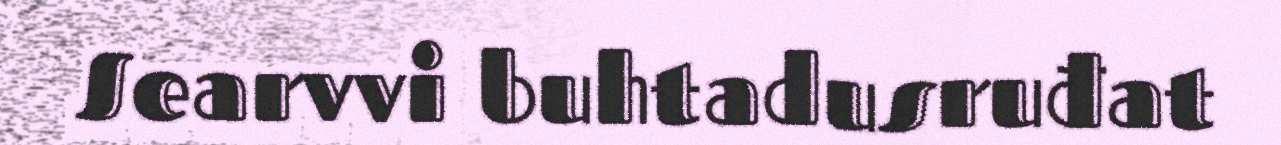
Searvvi buhtadusruđat